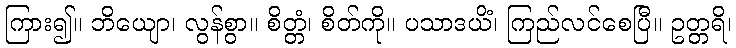
ကြား၍။ ဘိယျော၊ လွန်စွာ။ စိတ္တံ၊ စိတ်ကို။ ပသာဒယိံ၊ ကြည်လင်စေပြီ။ ဥတ္တရိ၊